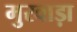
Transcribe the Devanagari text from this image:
मुरवाड़ा